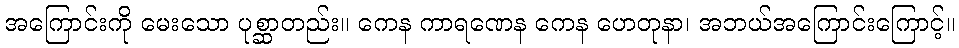
အကြောင်းကို မေးသော ပုစ္ဆာတည်း။ ကေန ကာရဏေန ကေန ဟေတုနာ၊ အဘယ်အကြောင်းကြောင့်။